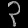
Digit: ၃